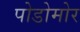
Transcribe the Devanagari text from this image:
पोडोमोर